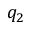
q _ { 2 }